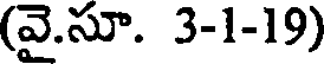
(వై.సూ. 3-1-19)